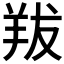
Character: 𦍱